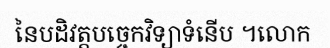
នៃបដិវត្តបច្ចេកវិទ្យាទំនើប ។លោក